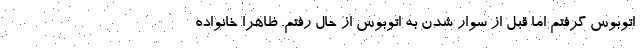
اتوبوس گرفتم اما قبل از سوار شدن به اتوبوس از حال رفتم. ظاهراً خانواده